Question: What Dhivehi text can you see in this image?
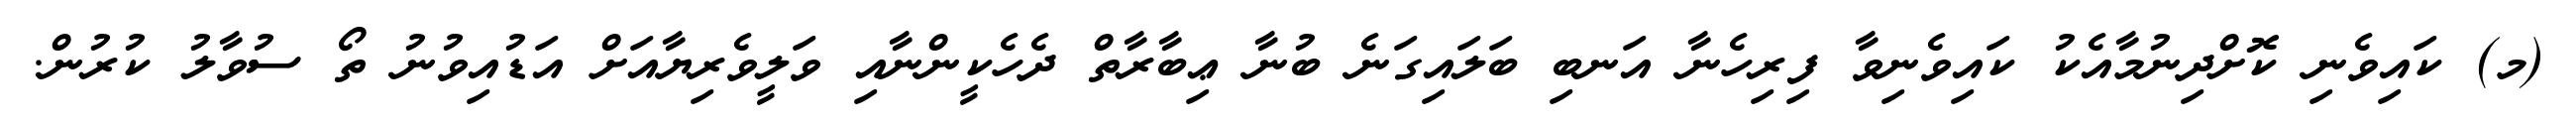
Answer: (މ) ކައިވެނި ކޮށްދިނުމާއެކު ކައިވެނިވާ ފިރިހެނާ އަނބި ބަލައިގަނެ ބުނާ ޢިބާރާތް ދެހެކީންނާއި ވަލީވެރިޔާއަށް އަޑުއިވުނު ތޯ ސުވާލު ކުރުން.